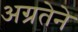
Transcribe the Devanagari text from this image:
अग्रतेने